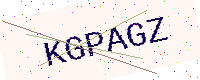
Text: KGPAGZ